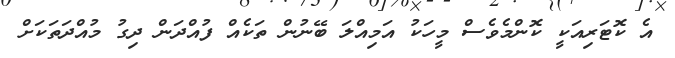
އެ ކޮޓަރިއަކީ ކޮންމެވެސް މީހަކު އަމިއްލަ ބޭނުން ތަކެއް ފުއްދަން ދިގު މުއްދަތަކަށް